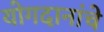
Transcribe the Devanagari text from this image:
योगदानांचे